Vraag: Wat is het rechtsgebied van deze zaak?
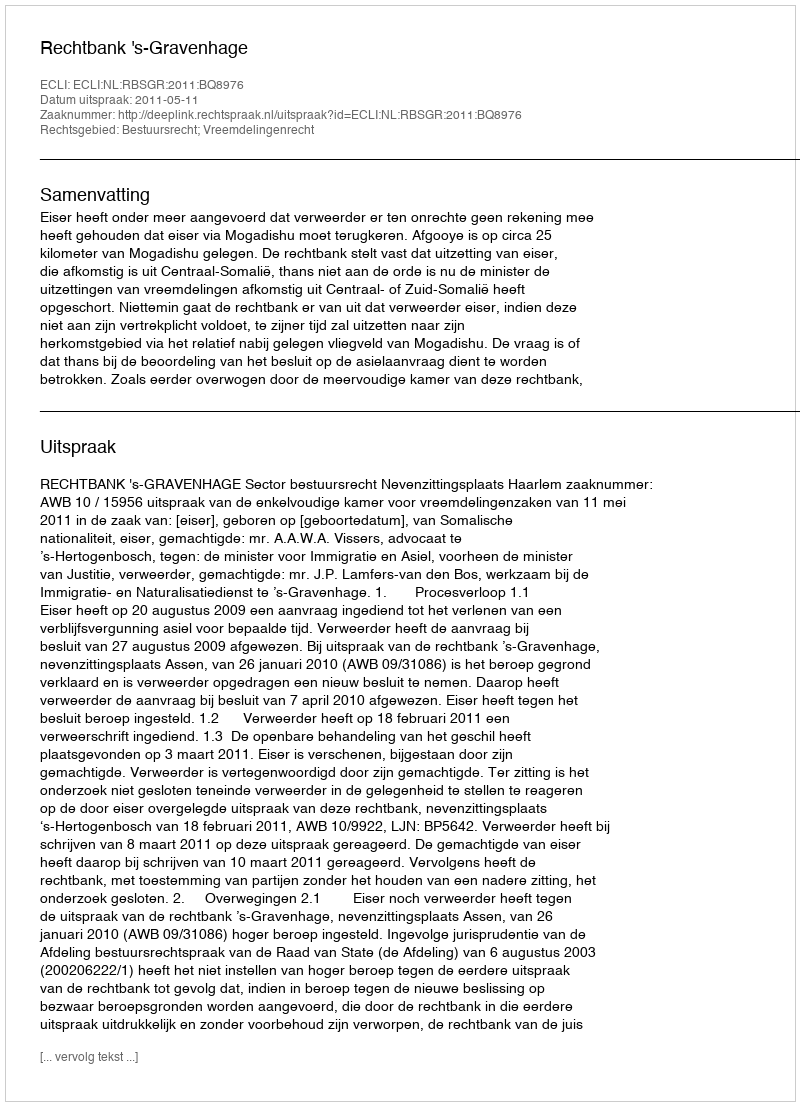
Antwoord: Bestuursrecht; Vreemdelingenrecht